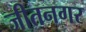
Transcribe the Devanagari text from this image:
जीतनगर